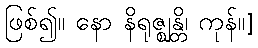
ဖြစ်၍။ နော နိရုဇ္ဈန္တိ၊ ကုန်။]